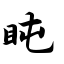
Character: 盹